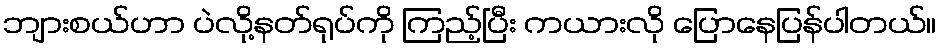
ဘျားစယ်ဟာ ပဲလို့နတ်ရုပ်ကို ကြည့်ပြီး ကယားလို ပြောနေပြန်ပါတယ်။